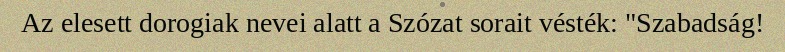
Az elesett dorogiak nevei alatt a Szózat sorait vésték: "Szabadság!